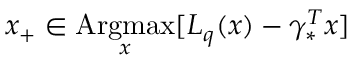
x _ { + } \in \mathop { \mathrm { A r g m a x } } _ { x } [ L _ { q } ( x ) - \gamma _ { * } ^ { T } x ]